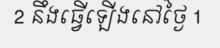
2 នឹងធ្វើឡើងនៅថ្ងៃ 1